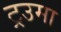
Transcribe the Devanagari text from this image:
ट्रउमा